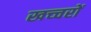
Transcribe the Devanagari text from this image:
खच्‍चरों